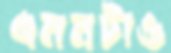
এমনটাও